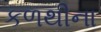
કળથીના